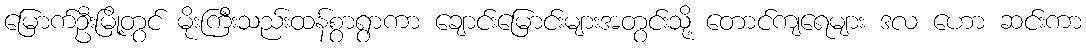
မြောက်ဦးမြို့တွင် မိုးကြီးသည်းထန်စွာရွာကာ ချောင်းမြောင်းများအတွင်းသို့ တောင်ကျရေများ ဒလ ဟော ဆင်းကာ